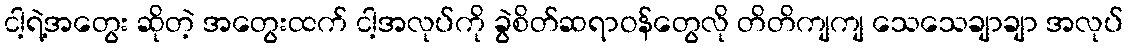
ငါ့ရဲ့အတွေး ဆိုတဲ့ အတွေးထက် ငါ့အလုပ်ကို ခွဲစိတ်ဆရာဝန်တွေလို တိတိကျကျ သေသေချာချာ အလုပ်